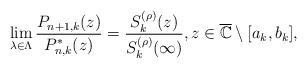
LaTeX: \begin{align*}\lim_{\lambda\in\Lambda}\frac{P_{n+1,k}(z)}{P_{n,k}^{*}(z)}=\frac{S_{k}^{(\rho)}(z)}{S_{k}^{(\rho)}(\infty)},z\in\overline{\mathbb{C}}\setminus[a_{k},b_{k}],\end{align*}